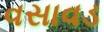
વસાવડ